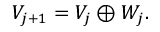
\begin{array} { r } { V _ { j + 1 } = V _ { j } \oplus W _ { j } . } \end{array}